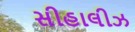
સીહાલીઝ